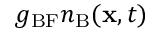
g _ { \mathrm { B F } } n _ { \mathrm { B } } ( \mathbf { x } , t )